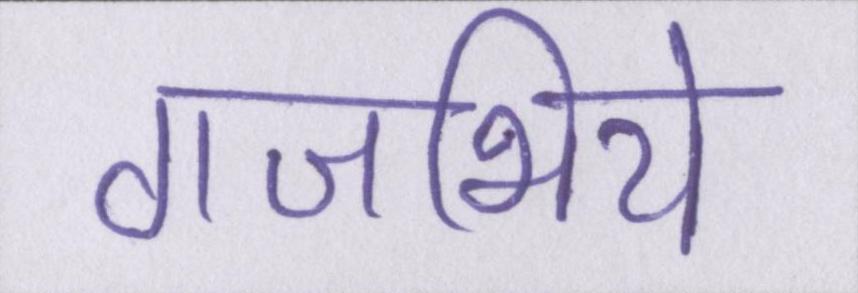
गजभिये